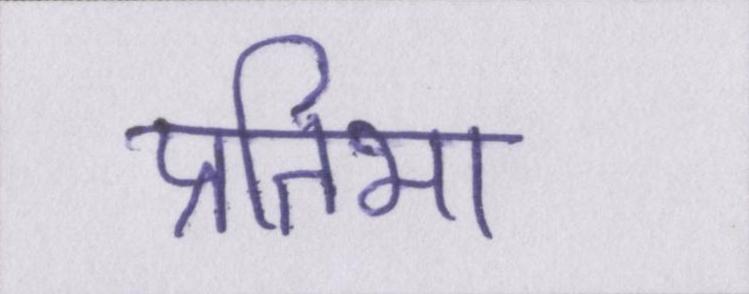
प्रतिभा